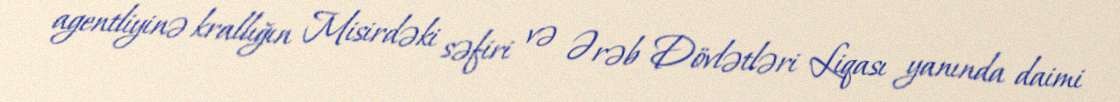
agentliyinə krallığın Misirdəki səfiri və Ərəb Dövlətləri Liqası yanında daimi